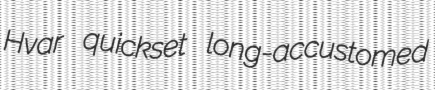
Hvar quickset long-accustomed